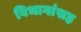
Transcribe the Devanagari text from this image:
विभागांसह